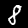
Label: 8